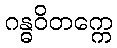
ဂန္ဓဝိတက္ကေ